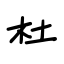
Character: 杜